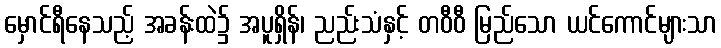
မှောင်ရီနေသည့် အခန်းထဲ၌ အပူရှိန်၊ ညည်းသံနှင့် တဝီဝီ မြည်သော ယင်ကောင်များသာ